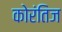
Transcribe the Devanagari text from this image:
कोरंतिज